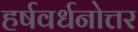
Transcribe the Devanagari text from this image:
हर्षवर्धनोत्तर